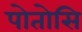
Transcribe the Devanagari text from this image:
पोतोसि